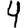
Digit: 4